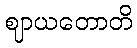
ဈာယတောတိ